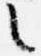
言